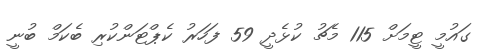
ގައުމީ ޓީމަށް 115 މެޗު ކުޅެދީ 59 ފަހަރު ކެޕްޓަންކުރި ބެކަމް ބުނީ